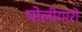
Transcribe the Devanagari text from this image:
पोलीगारों